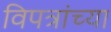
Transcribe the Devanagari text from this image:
विपत्रांच्या